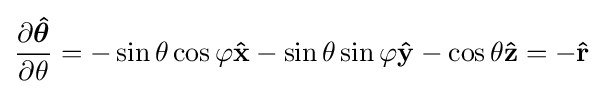
{\frac {\partial {\boldsymbol {\hat {\theta }}}}{\partial \theta }}=-\sin \theta \cos \varphi \mathbf {\hat {x}} -\sin \theta \sin \varphi \mathbf {\hat {y}} -\cos \theta \mathbf {\hat {z}} =-\mathbf {\hat {r}}